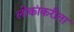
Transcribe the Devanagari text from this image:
लोकांकरीता